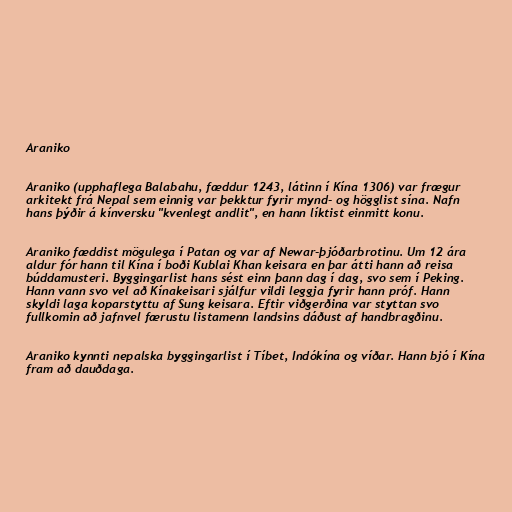
Araniko

Araniko (upphaflega Balabahu, fæddur 1243, látinn í Kína 1306) var frægur
arkitekt frá Nepal sem einnig var þekktur fyrir mynd- og högglist sína. Nafn
hans þýðir á kínversku "kvenlegt andlit", en hann líktist einmitt konu.

Araniko fæddist mögulega í Patan og var af Newar-þjóðarbrotinu. Um 12 ára
aldur fór hann til Kína í boði Kublai Khan keisara en þar átti hann að reisa
búddamusteri. Byggingarlist hans sést einn þann dag í dag, svo sem í Peking.
Hann vann svo vel að Kínakeisari sjálfur vildi leggja fyrir hann próf. Hann
skyldi laga koparstyttu af Sung keisara. Eftir viðgerðina var styttan svo
fullkomin að jafnvel færustu listamenn landsins dáðust af handbragðinu.

Araniko kynnti nepalska byggingarlist í Tíbet, Indókína og víðar. Hann bjó í Kína
fram að dauðdaga.